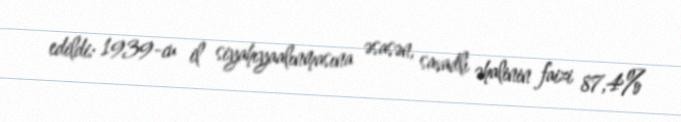
edildi: 1939-cu il siyahıyaalınmasına əsasən, savadlı əhalinin faizi 87,4%